Annual administration report of the Civil Veterinary Department of India - 1898-1899
Year: 1898
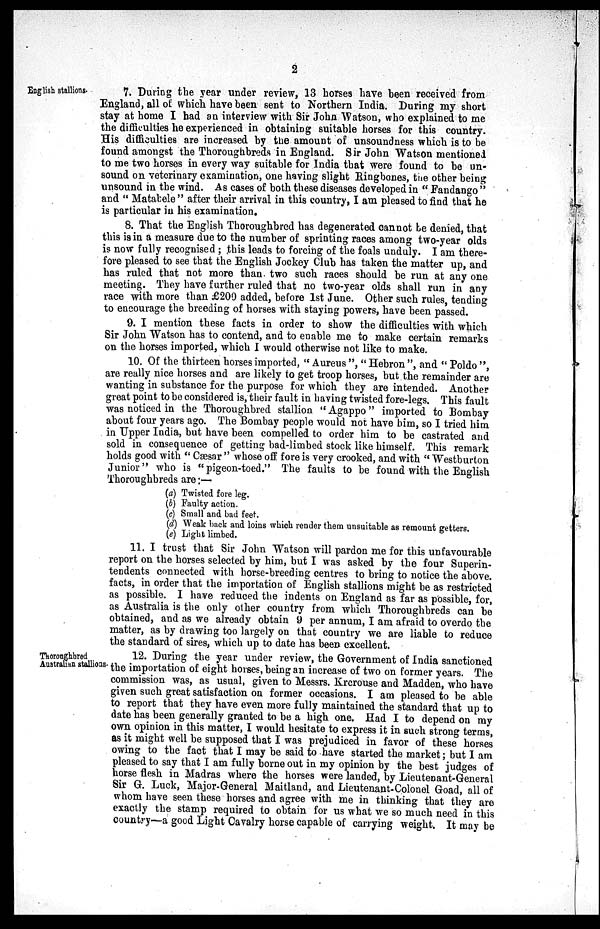
2
English stallions.
7. During the year under review, 13 horses have been received from
England, all of which have been sent to Northern India. During my short
stay at home I had an interview with Sir John Watson, who explained to me
the difficulties he experienced in obtaining suitable horses for this country.
His difficulties are increased by the amount of unsoundness which is to be
found amongst the Thoroughbreds in England. Sir John Watson mentioned
to me two horses in every way suitable for India that were found to be un-
sound on veterinary examination, one having slight Ringbones, the other being
unsound in the wind. As cases of both these diseases developed in "Fandango"
and "Matabele" after their arrival in this country, I am pleased to find that he
is particular in his examination.
8. That the English Thoroughbred has degenerated cannot be denied, that
this is in a measure due to the number of sprinting races among two-year olds
is now fully recognised; this leads to forcing of the foals unduly. I am there-
fore pleased to see that the English Jockey Club has taken the matter up, and
has ruled that not more than two such races should be run at any one
meeting. They have further ruled that no two-year olds shall run in any
race with more than £200 added, before 1st June. Other such rules, tending
to encourage the breeding of horses with staying powers, have been passed.
9. I mention these facts in order to show the difficulties with which
Sir John Watson has to contend, and to enable me to make certain remarks
on the horses imported, which I would otherwise not like to make.
10. Of the thirteen horses imported, "Aureus", "Hebron", and "Poldo",
are really nice horses and are likely to get troop horses, but the remainder are
wanting in substance for the purpose for which they are intended. Another
great point to be considered is, their fault in having twisted fore-legs. This fault
was noticed in the Thoroughbred stallion "Agappo" imported to Bombay
about four years ago. The Bombay people would not have him, so I tried him
in Upper India, but have been compelled to order him to be castrated and
sold in consequence of getting bad-limbed stock like himself. This remark
holds good with "Cæsar" whose off fore is very crooked, and with "Westburton
Junior" who is "pigeon-toed." The faults to be found with the English
Thoroughbreds are:—
(a) Twisted fore leg.
(b) Faulty action.
(c) Small and bad feet.
(d) Weak back and loins which render them unsuitable as remount getters.
(e) Light limbed.
11. I trust that Sir John Watson will pardon me for this unfavourable
report on the horses selected by him, but I was asked by the four Superin-
tendents connected with horse-breeding centres to bring to notice the above,
facts, in order that the importation of English stallions might be as restricted
as possible. I have reduced the indents on England as far as possible, for,
as Australia is the only other country from which Thoroughbreds can be
obtained, and as we already obtain 9 per annum, I am afraid to overdo the
matter, as by drawing too largely on that country we are liable to reduce
the standard of sires, which up to date has been excellent.
Thoronghbred
Australian stallioas.
12. During the year under review, the Government of India sanctioned
the importation of eight horses, being an increase of two on former years. The
commission was, as usual, given to Messrs. Krcrouse and Madden, who have
given such great satisfaction on former occasions. I am pleased to be able
to report that they have even more fully maintained the standard that up to
date has been generally granted to be a high one. Had I to depend on my
own opinion in this matter, I would hesitate to express it in such strong terms,
as it might well be supposed that I was prejudiced in favor of these horses
owing to the fact that I may be said to have started the market; but I am
pleased to say that I am fully borne out in my opinion by the best judges of
horse flesh in Madras where the horses were landed, by Lieutenant-General
Sir G. Luck, Major-General Maitland, and Lieutenant-Colonel Goad, all of
whom have seen these horses and agree with me in thinking that they are
exactly the stamp required to obtain for us what we so much need in this
country—a good Light Cavalry horse capable of carrying weight. It may be